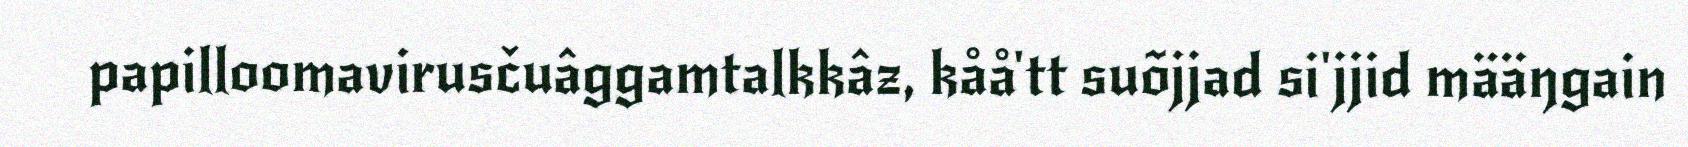
papilloomavirusčuâggamtalkkâz, kåå'tt suõjjad si'jjid määŋgain